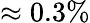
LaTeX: \approx 0.3\%